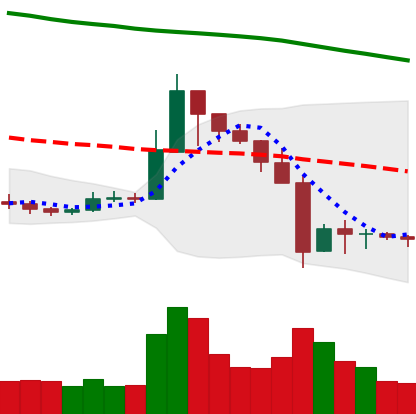
Ticker: XRP-USD
Chart end date: 2019-09-29
Forward return: 5.198%
Label: up_5_7